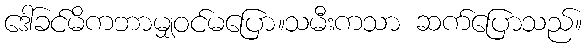
ဒေါ်ခင်မိကဘာမျှဝင်မပြော။သမီးကသာ ဆက်ပြောသည်။